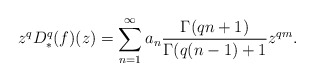
\begin{align*}z^q D_*^q(f)(z) =\sum_{n=1}^{\infty} a_n\frac{\Gamma(qn+1)}{\Gamma(q(n-1)+1}z^{qm}.\end{align*}